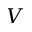
\boldsymbol { V }